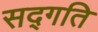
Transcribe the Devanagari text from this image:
सद्‍गति